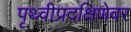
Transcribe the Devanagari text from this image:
पृथ्वीप्रदक्षिणेवर